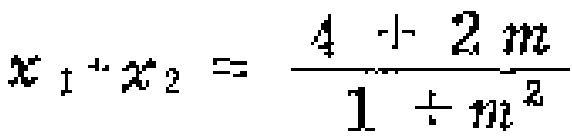
$x_{1}+x_{2}=\frac{4 + 2m}{1 + m^{2}}$